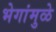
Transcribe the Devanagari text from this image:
भेगांमुळे